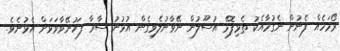
ރޯމަހެއް ފެނުން ނެގުމާއެކު ތެޅިފޮޅޭ އުސޫލުން ނޭވާނުލެވިގެން އުޅުނު ސާރާ ފަހުނޭވާވަޅަށް އެޅުނެވެ.